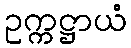
ဥက္ကဋ္ဌာယံ